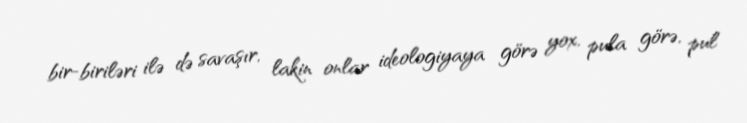
bir-biriləri ilə də savaşır, lakin onlar ideologiyaya görə yox, pula görə, pul